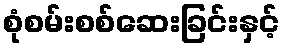
စုံစမ်းစစ်ဆေးခြင်းနှင့်